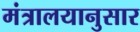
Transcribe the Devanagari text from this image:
मंत्रालयानुसार